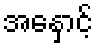
အနှောင့်